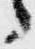
々